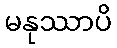
မနုဿာပိ